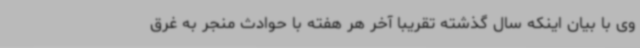
وی با بیان اینکه سال گذشته تقریباً آخر هر هفته با حوادث منجر به غرق